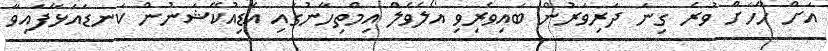
އަށް ހާހަށް ވުރެ ގިނަ ދަރިވަރުން ބައިވެރިވި އޯލެވެލް އިމްތިހާނުގައި އެޑިއުކޭޝަނުން ކަނޑައަޅާފައިވާ